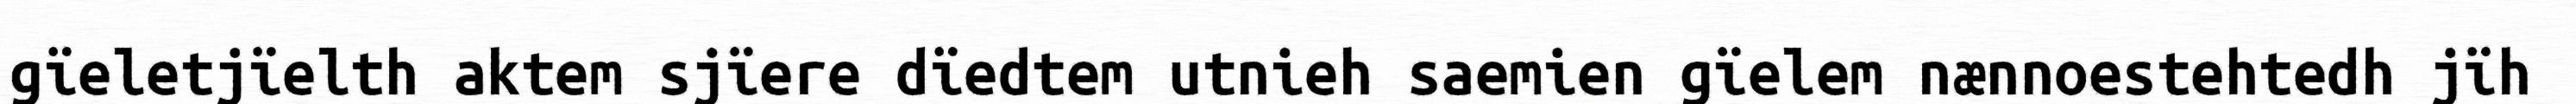
gïeletjïelth aktem sjïere dïedtem utnieh saemien gïelem nænnoestehtedh jïh